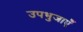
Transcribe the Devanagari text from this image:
उपभुजाएँ